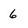
Character: 6